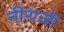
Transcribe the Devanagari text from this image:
नीराजी